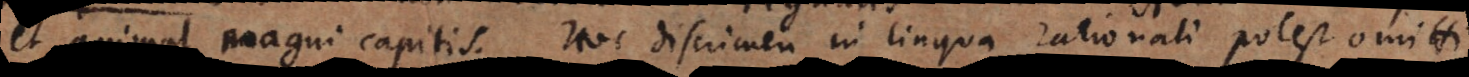
et animal magni capitis. Hoc discrimen in lingua rationali potest omitti.